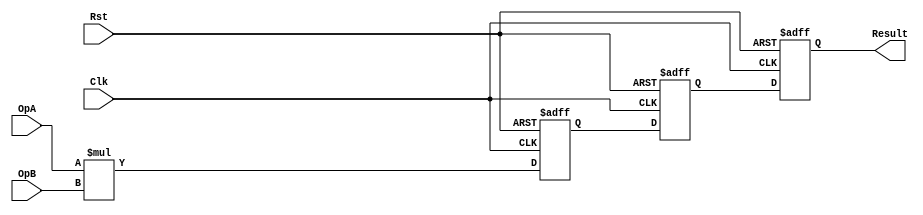
/****************************************************************************************************/
// Title      : Multipler Functional Model Verilog File
/****************************************************************************************************/ 
// Date of last revision : March-2012
// Notes                 : 
//
/****************************************************************************************************/  

module Mult(
  
   // Port Declarations
   input                Clk,
   input                Rst,
   input       [15:0]   OpA,
   input       [15:0]   OpB,
   output      [31:0]   Result
   
   );
   
   reg [31:0] result_reg [0:2];
  
   always@(posedge Clk, posedge Rst) begin
     
      if(Rst) begin
      
         result_reg[0] <= 32'h00000000;
         result_reg[1] <= 32'h00000000;
         result_reg[2] <= 32'h00000000;
      
      end
      
      else begin
        
         result_reg[0] <= OpA*OpB;
         result_reg[1] <= result_reg[0];
         result_reg[2] <= result_reg[1];

      end    
     
    
   end
  
  
   assign Result = result_reg[2];
  
  
  
endmodule